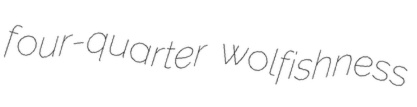
four-quarter wolfishness